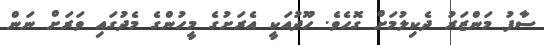
ސާފު މަންޒަރު ދެކިލުމަށް ގޮހެވެ. ހޫދުއަކީ އެރަށުގެ މީހުންގެ މެދުގައި ވަރަށް ނަން